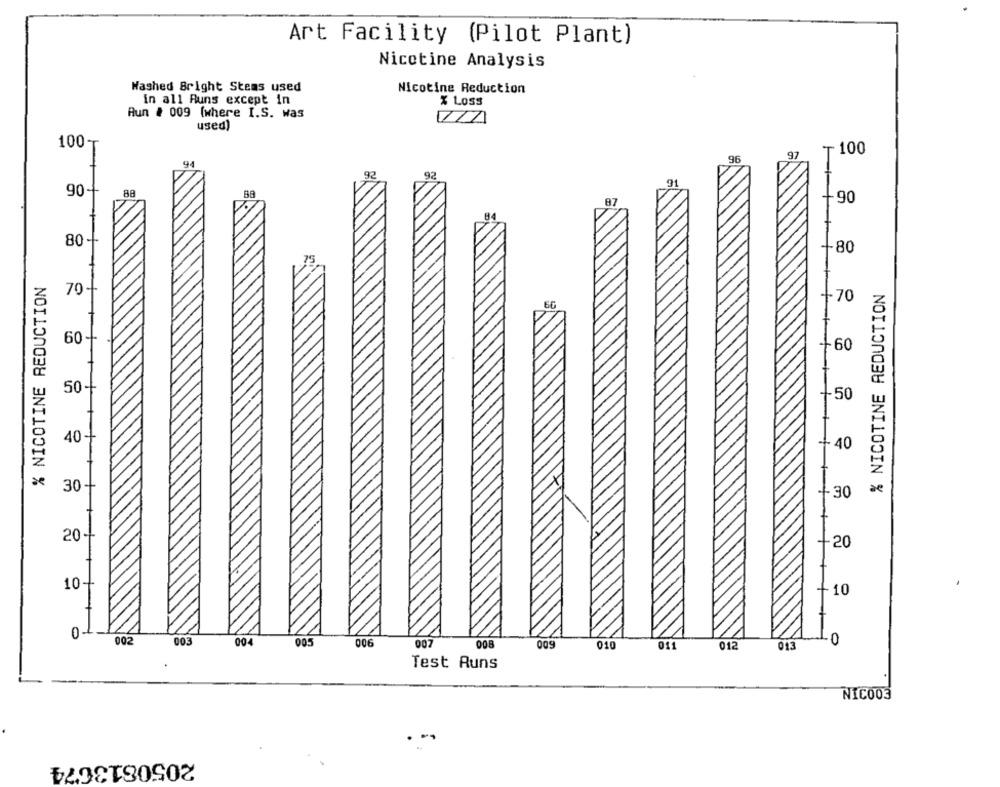
Art Facility (Pilot Plant)
Nicotine Analysis
Washed Bright Stems used
Nicotine Reduction
in all Runs except in
% Loss
Aun # 009 (where I.S. was
used)
100-
T
₸ 100
96
97
92
90-1
88
+90
80-+
1-80
% NICOTINE REDUCTION
70-
% NICOTINE REDUCTION
1-70
60-
+60
50-
+50
40-
-40
30-
+30
20-
+20
10-
+ 10
0
0
002
003
004
005
006
007
008
009
010
011
012
013
Test Runs
NICO03
2050813674